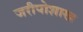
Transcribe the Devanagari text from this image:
जरीपोशाख